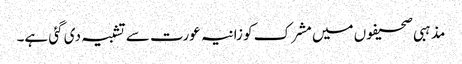
مذہبی صحیفوں میں مشرک کو زانیہ عورت سے تشبیہ دی گئی ہے۔